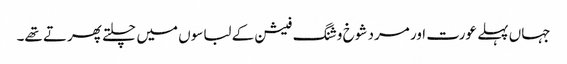
جہاں پہلے عورت اور مرد شوخ و شنگ فیشن کے لباسوں میں چلتے پھرتے تھے۔